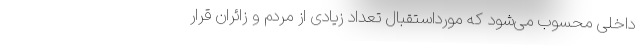
داخلی محسوب می‌شود که مورداستقبال تعداد زیادی از مردم و زائران قرار